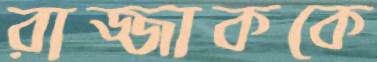
রাজ্জাককে